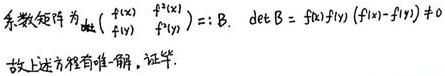
系数矩阵为$\begin{vmatrix}
f^{(1)}(x) & f^{(2)}(x) \\
f^{(1)}(y) & f^{(2)}(y)
\end{vmatrix}:= B,\ \det B = f^{(1)}(x)f^{(2)}(y) - f^{(2)}(x)f^{(1)}(y)\neq 0$
故上述方程有唯一解，证毕.